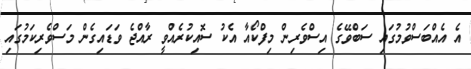
އެ އެއްބަސްވުމުގައި ސަބްވޭގެ އިސްވެރިން މިފްކޯއާ އެކު ސޮއިކުރެއްވީ ރާއްޖެ ވަޑައިގެން މަސްވެރިކަމުގައި